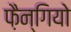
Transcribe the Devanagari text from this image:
फ़ैन्गियो